King Institute of Preventive Medicine Micro-Biological Section reports 1912-19
Year: 1912
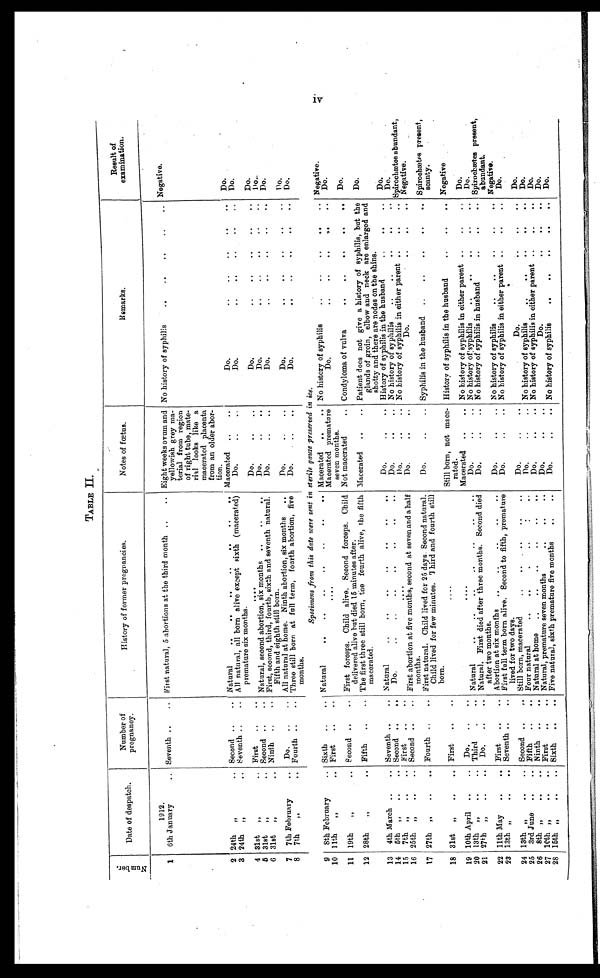
TABLE II.
N u m b e r .
Date of despatch.
Number of
pregnancy.
History of former pregnancies.
Notes of fœtus.
Remarks.
Result of
examination.
1
1912.
Seventh . . . First natural, 5 abortions at the third month . . .
Eight weeks ovum and
yellowish grey ma
-terial from region
of right tube, mate
- r i a l l o o k s
l i k e a
macerated placenta
from an older abor
-tion.
No history of syphilis . . .
Negative.
6th January . . .
2 24th
" . . .
Second . . .
Natural . . .
Macerated . . .
Do. . . .
D o . . . .
3
All natural, all born alive except sixth (macerated)
premature six months.
D o . . . .
24th " . . .
Seventh . . .
Do. . . .
Do. . . .
4
First . . .
31st " . . .
Do. . . .
Do. . . .
D o . . . .
. . .
Second. . . .
5
Natural, second abortion, six months . . .
Do. . . .
Do. . . .
D o . . . .
31st " . . .
6
Ninth . . .
First, second, third, fourth, sixth and seventh natural.
Fifth and eighth still born.
31st " . . .
Do. . . .
D o . . . .
Do. . . .
D o . . . .
7
Do. . . .
Do. . . .
7th February . . .
All natural at home. Ninth abortion, six months . . .
Three still born at full term, fourth abortion, five
months.
Do. . . .
D o . . . .
8
7th " . . .
Fourth . . .
Do. . . .
specimens from this date were sent in sterile gauze preserved in ice.
9
8th February. . .
Sixth . . .
Natural . . .
Macerated . . .
No history of syphilis . . .
Negative.
10
Macerated premature
seven months.
D o . . . .
11th " . . .
First . . .
D o . . . .
. . .
D o . . . .
First forceps. Child alive. Second forceps. Child
delivered alive but died 15 minutes after.
Condyloma of vulva . . .
Second . . .
11 19th " . . .
Not macerated
..
D o . . . .
Macerated . . .
Patient does not give a history of syphilis, but the
glands of groin, elbow and neck are enlarged and
shotty and there are nodes on the shins.
12 28th " . . .
Fifth . . .
The first three still born, the fourth alive, the fifth
macerated.
13
4th March . . .
Seventh . . .
Natural . . .
Do. . . .
History of syphilis in the husband . . .
Do. . . .
Do. . . .
Do. . . .
Do. . . .
5th " . . .
Second . . .
No history of syphilis . . .
14
Do. . . .
Spirochætes abundant,
Negative.
15
. . .
7th " . . .
First . . .
No history of syphilis in either parent . . .
Second . . .
First abortion at five months, second at seven and a half
months.
16 25th " . . .
Do. . . .
Do. . . .
Spirochætes present,
scanty.
17
Fourth . . .
Do. . . .
Syphilis in the husband . . .
27th " . . .
First natural. Child lived for 25 days. Second natural.
Child lived for few minutes. Third and fourth still
born.
First . . .
31st " . . .
History of syphilis in the husband . . .
18
Still born, not mace
-rated.
Negative
. . .
19 10th April . . .
Do. . . .
Natural . . .
Macerated . . .
No history of syphilis in either parent . . .
Do. . . .
Do. . . .
13th " . . .
Third . . .
Do. . . .
No history of syphilis . . .
20
Natural. First died after three months. Second died
after two months.
Do. . . .
21 27th " . . .
Do. . . .
Spirochetes present,
abundant.
No history of syphilis in husband . . .
22 11th May . . .
First . . .
Abortion at six months . . .
Do. . . .
No history of syphilis . . .
Negative.
23 13th " . . .
First full term born alive. Second to fifth, premature
lived for two days.
Do. . . .
No history of syphilis in either parent
. . .
Do. . . .
Seventh . . .
24 1 3 t h " . . .
Second. . .
Still born, macerated . . .
Do. . . .
Do. . . .
Do. . . .
Do. . . .
25
Four natural . . .
Do. . . .
No history of syphilis . . .
3rd June . . .
Fifth . . .
26
Natural at home . . .
Ninth . . .
Do. . . .
No history of syphilis in either parent . . .
Do. . . .
8th " . . .
27
Natural, premature seven months
..
..
..
Do. . . .
Do. . . .
10th " . . .
First . . .
Do. . . .
28
Sixth . . .
Five natural, sixth premature five months
..
..
Do. . . .
No history of syphilis . . .
1 5 t h " . . .
Do. . . .
IV